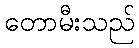
တောမီးသည်